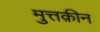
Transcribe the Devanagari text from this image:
मुत्तक़ीन